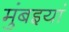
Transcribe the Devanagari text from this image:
मुंबइयां